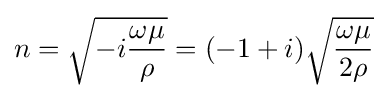
n={\sqrt {-i{\frac {\omega \mu }{\rho }}}}=(-1+i){\sqrt {\frac {\omega \mu }{2\rho }}}